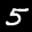
Label: 5